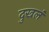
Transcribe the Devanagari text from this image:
दुखलं